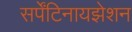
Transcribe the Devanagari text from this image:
सर्पेंटिनायझेशन